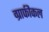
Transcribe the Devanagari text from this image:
ग्राफीकल